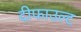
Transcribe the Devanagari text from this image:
दीफाउल्ट